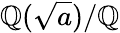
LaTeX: \mathbb{Q}({\sqrt{a}})/\mathbb{Q}